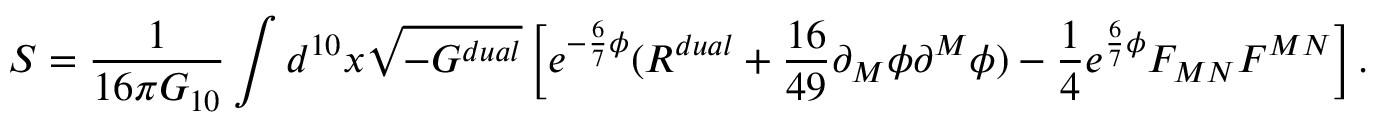
S = { \frac { 1 } { 1 6 \pi G _ { 1 0 } } } \int d ^ { 1 0 } x \sqrt { - G ^ { d u a l } } \left[ e ^ { - { \frac { 6 } { 7 } } \phi } ( { \cal R } ^ { d u a l } + { \frac { 1 6 } { 4 9 } } \partial _ { M } \phi \partial ^ { M } \phi ) - { \frac { 1 } { 4 } } e ^ { { \frac { 6 } { 7 } } \phi } F _ { M N } F ^ { M N } \right] .